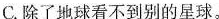
C.除了地球看不到别的星球。